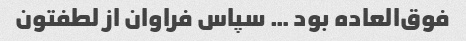
فوق‌العاده بود … سپاس فراوان از لطفتون